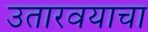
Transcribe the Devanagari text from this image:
उतारवयाचा